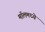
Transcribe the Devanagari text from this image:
मॉलमध्ये